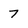
Character: 7